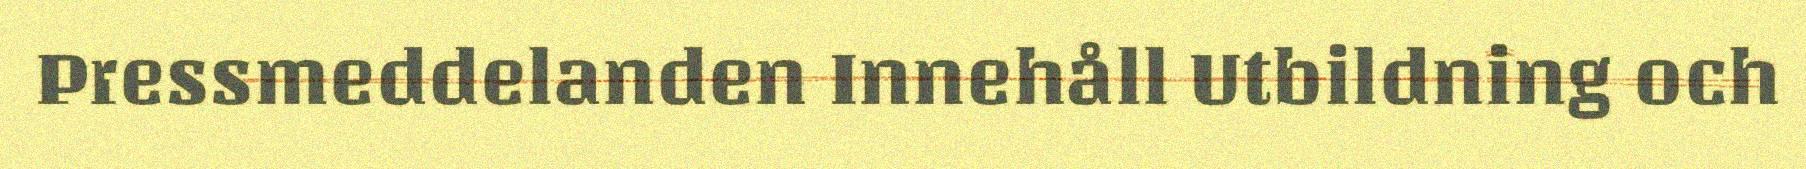
Pressmeddelanden Innehåll Utbildning och